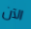
الآن